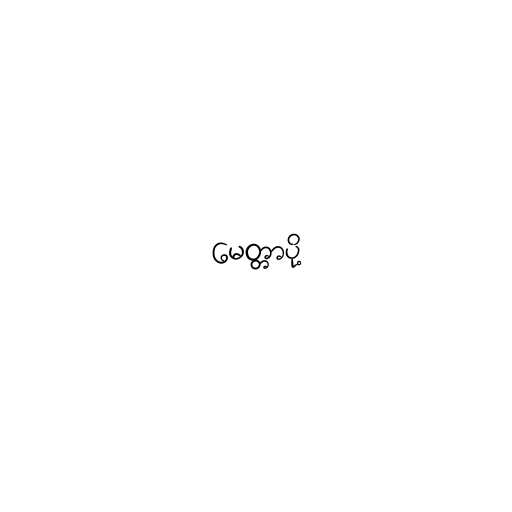
မေတ္တာပို့